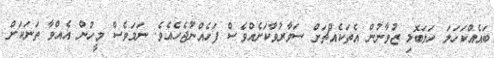
ބައެއްކަހަލަ ހަލަބޮލި ޒުވާނުން އެތަކެއްޗަށް ސަވާރުވާކަށެއްވެސް ފަހެއްނުޖެހެއެވެ. ނަމަވެސް މީހުން އެއްވާ ތަނަކަށް